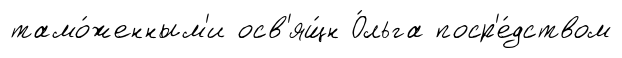
тамо́женным'и осв'ящ́н О́льга поср'е́дством